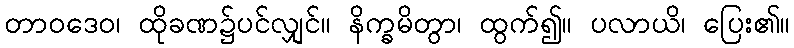
တာဝဒေဝ၊ ထိုခဏ၌ပင်လျှင်။ နိက္ခမိတွာ၊ ထွက်၍။ ပလာယိ၊ ပြေး၏။